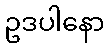
ဥဒပါနော